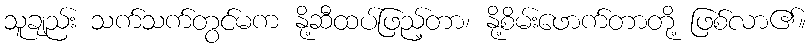
သူချည်း သက်သက်တွင်မက နို့ဆီထပ်ဖြည့်တာ၊ နို့စိမ်းဖောက်တာတို့ ဖြစ်လာ၏။